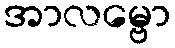
အာလမ္ဗော